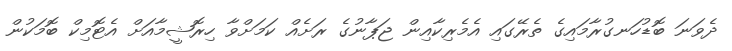
ދެވަނަ ބޮޑުހަނގުރާމައިގެ ތެރޭގައި އެމެރިކާއިން ޖަޕާނުގެ ރަށެއް ކަމަށްވާ ހިރޮޝީމާއަށް އެޓޮމިކް ބޮމަކުން